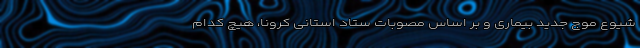
شیوع موج جدید بیماری و بر اساس مصوبات ستاد استانی کرونا، هیچ کدام